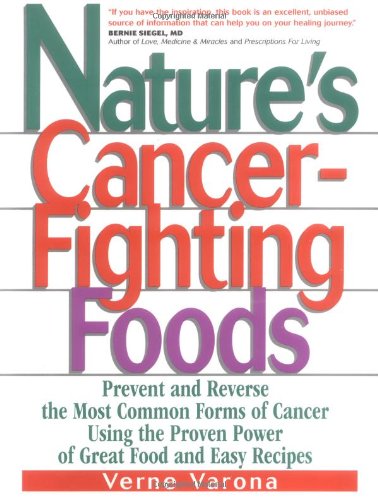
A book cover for Nature's Cancer Fighting Foods; Verne Varona; Health, Fitness & Dieting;